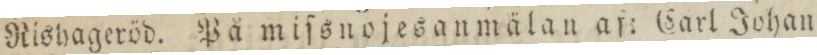
Rishageröd. På miſsnojes an mälan af: Carl Johan